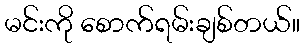
မင်းကို စောက်ရမ်းချစ်တယ်။